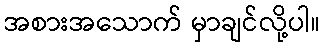
အစားအသောက် မှာချင်လို့ပါ။